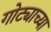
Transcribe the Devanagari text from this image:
गोट्याच्या